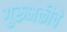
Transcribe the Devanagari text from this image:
गुरुभक्तीचे